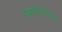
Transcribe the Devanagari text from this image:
देवकरीणमाता